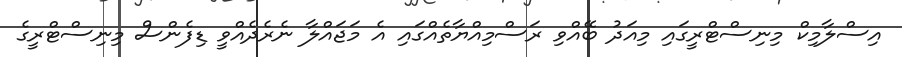
އިސްލާމިކް މިނިސްޓްރީގައި މިއަދު ބޭއްވި ރަސްމިއްޔާތެއްގައި އެ މަޖައްލާ ނެރެދެއްވީ ޑިފެންސް މިނިސްޓްރީގެ